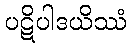
ပဋိပါဒယိဿံ